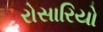
રોસારિયો